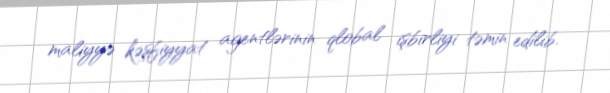
maliyyə kəşfiyyat agentlərinin qlobal işbirliyi təmin edilib.